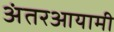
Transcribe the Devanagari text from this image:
अंतरआयामी